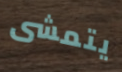
يتمشى